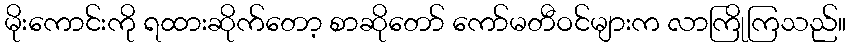
မိုးကောင်းကို ရထားဆိုက်တော့ စာဆိုတော် ကော်မတီဝင်များက လာကြိုကြသည်။